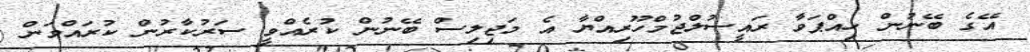
އޭގެ ބޭނުން ހިއްޕަވާ ރައީސުލްޖުމްހޫރިއްޔާ އެ މަޖިލިސް ބޭނުން ކުރެއްވީ ސަރުކާރުން ކުރައްވަން